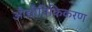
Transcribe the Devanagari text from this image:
औद्यौगिकिकरण